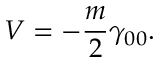
V = - \frac { m } 2 \gamma _ { 0 0 } .